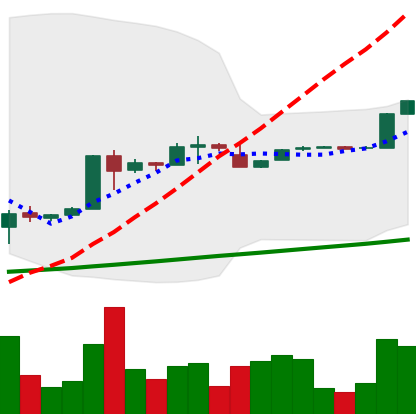
Ticker: BTC-USD
Chart end date: 2017-02-01
Forward return: 4.967%
Label: up_3_5